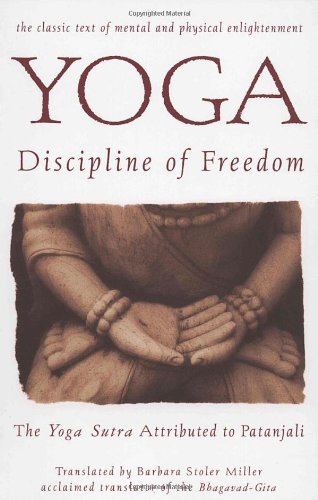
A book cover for Yoga: Discipline of Freedom: The Yoga Sutra Attributed to Patanjali; Patanjali; Politics & Social Sciences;